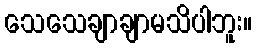
သေသေချာချာမသိပါဘူး။